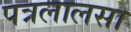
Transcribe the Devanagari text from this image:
पत्रलालसा